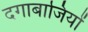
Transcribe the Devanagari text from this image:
दगाबाजियों